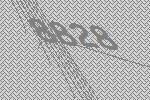
8828